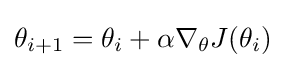
\theta _{i+1}=\theta _{i}+\alpha \nabla _{\theta }J(\theta _{i})